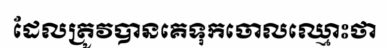
ដែលត្រូវបានគេទុកចោលឈ្មោះថា